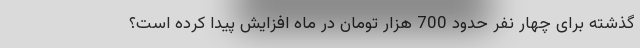
گذشته برای چهار نفر حدود 700 هزار تومان در ماه افزایش پیدا کرده است؟